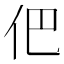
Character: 𠇕